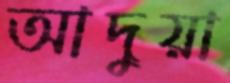
আদুয়া